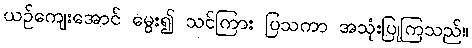
ယဉ်ကျေးအောင် မွေး၍ သင်ကြား ပြသကာ အသုံးပြုကြသည်။